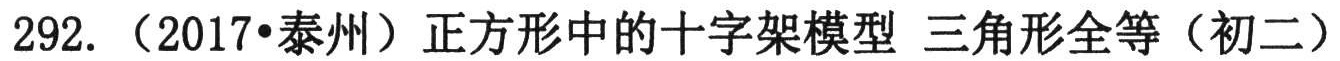
292. （2017•泰州）正方形中的十字架模型 三角形全等（初二）